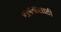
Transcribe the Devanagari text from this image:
मापनांसाठी